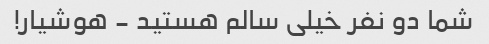
شما دو نفر خیلی سالم هستید - هوشیار!